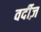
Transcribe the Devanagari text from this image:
वर्दीज़